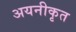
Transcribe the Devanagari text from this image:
अयनीकृत